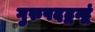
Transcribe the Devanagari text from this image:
गुरुपदद्वन्द्वं